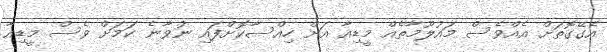
އެގޭގޮތަށް އެއްވެސް މައުލޫމާތެއް މީޑިއާ އަށް ހިއްސާކޮށްފައި ނުވާނެ ކަމަށް ވެސް މީޑިއާ